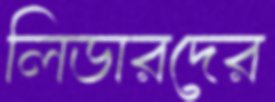
লিডারদের